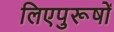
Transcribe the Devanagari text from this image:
लिएपुरूषों